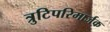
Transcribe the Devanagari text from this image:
त्रुटिपरिमार्जक